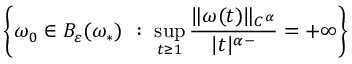
\left\{ \omega _ { 0 } \in B _ { \varepsilon } ( \omega _ { * } ) \ : \ \operatorname* { s u p } _ { t \ge 1 } \frac { \| \omega ( t ) \| _ { C ^ { \alpha } } } { | t | ^ { \alpha - } } = + \infty \right\}